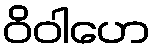
ဝိဝါဟေ